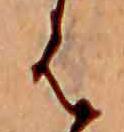
は